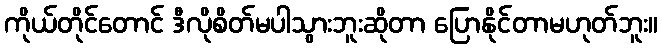
ကိုယ်တိုင်တောင် ဒီလိုစိတ်မပါသွားဘူးဆိုတာ ပြောနိုင်တာမဟုတ်ဘူး။